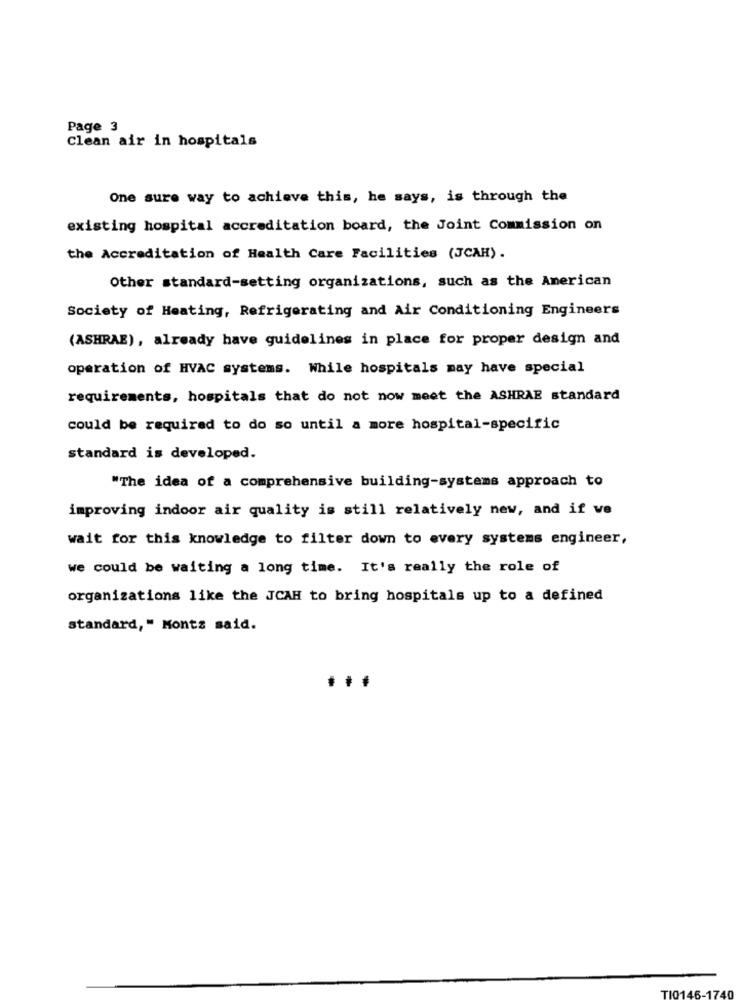
Page 3
Clean air in hospitals
One sure way to achieve this, he says, is through the
existing hospital accreditation board, the Joint Commission on
the Accreditation of Health Care Facilities (JCAR).
Other standard-setting organizations, such as the American
Society of Heating, Refrigerating and Air Conditioning Engineers
(ASHRAE), already have guidelines in place for proper design and
operation of HVAC systems. While hospitals may have special
requirements, hospitals that do not now meet the ASHRAE standard
could be required to do so until a more hospital-specific
standard is developed.
"The idea of a comprehensive building-systems approach to
improving indoor air quality is still relatively new, and if we
wait for this knowledge to filter down to every systems engineer,
we could be waiting a long time. It's really the role of
organizations like the JCAH to bring hospitals up to a defined
standard," Monts said.